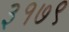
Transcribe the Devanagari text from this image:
३१७९